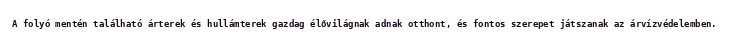
A folyó mentén található árterek és hullámterek gazdag élővilágnak adnak otthont, és fontos szerepet játszanak az árvízvédelemben.